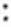
: